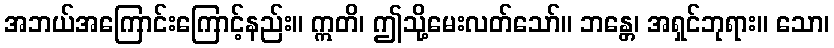
အဘယ်အကြောင်းကြောင့်နည်း။ ဣတိ၊ ဤသို့မေးလတ်သော်။ ဘန္တေ၊ အရှင်ဘုရား။ သော၊